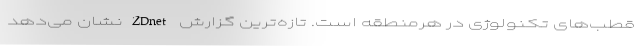
قطب‌های تکنولوژی در هرمنطقه است. تازه‌ترین گزارش ZDnetنشان می‌دهد